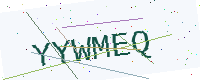
Text: YYWMEQ